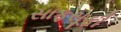
સાફસૂફી